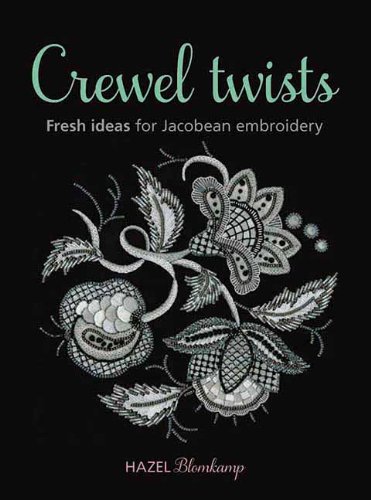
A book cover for Crewel Twists: Fresh Ideas for Jacobean Embroidery; Hazel Blomkamp; Crafts, Hobbies & Home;